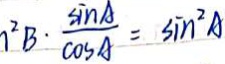
1 ^ { 2 } B \cdot \frac { \sin A } { \cos A } = \sin ^ { 2 } A